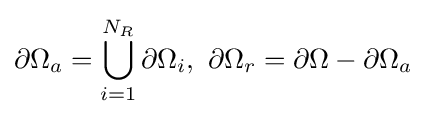
\partial \Omega _{a}=\bigcup \limits _{i=1}^{N_{R}}\partial \Omega _{i},\ \partial \Omega _{r}=\partial \Omega -\partial \Omega _{a}